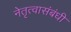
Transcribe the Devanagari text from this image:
नेतृत्वासंबंधी